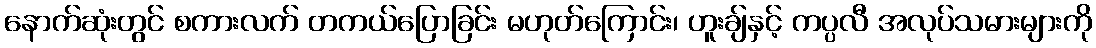
နောက်ဆုံးတွင် စကားလက် တကယ်ပြောခြင်း မဟုတ်ကြောင်း၊ ဟူးချ်နှင့် ကပ္ပလီ အလုပ်သမားများကို